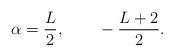
LaTeX: \begin{align*}\alpha= { L \over 2},~~~~~~ -{ L+2 \over 2}.\end{align*}